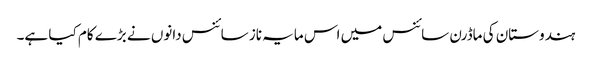
ہندوستان کی ماڈرن سائنس میں اس مایہ ناز سائنس دانوں نے بڑے کام کیا ہے۔